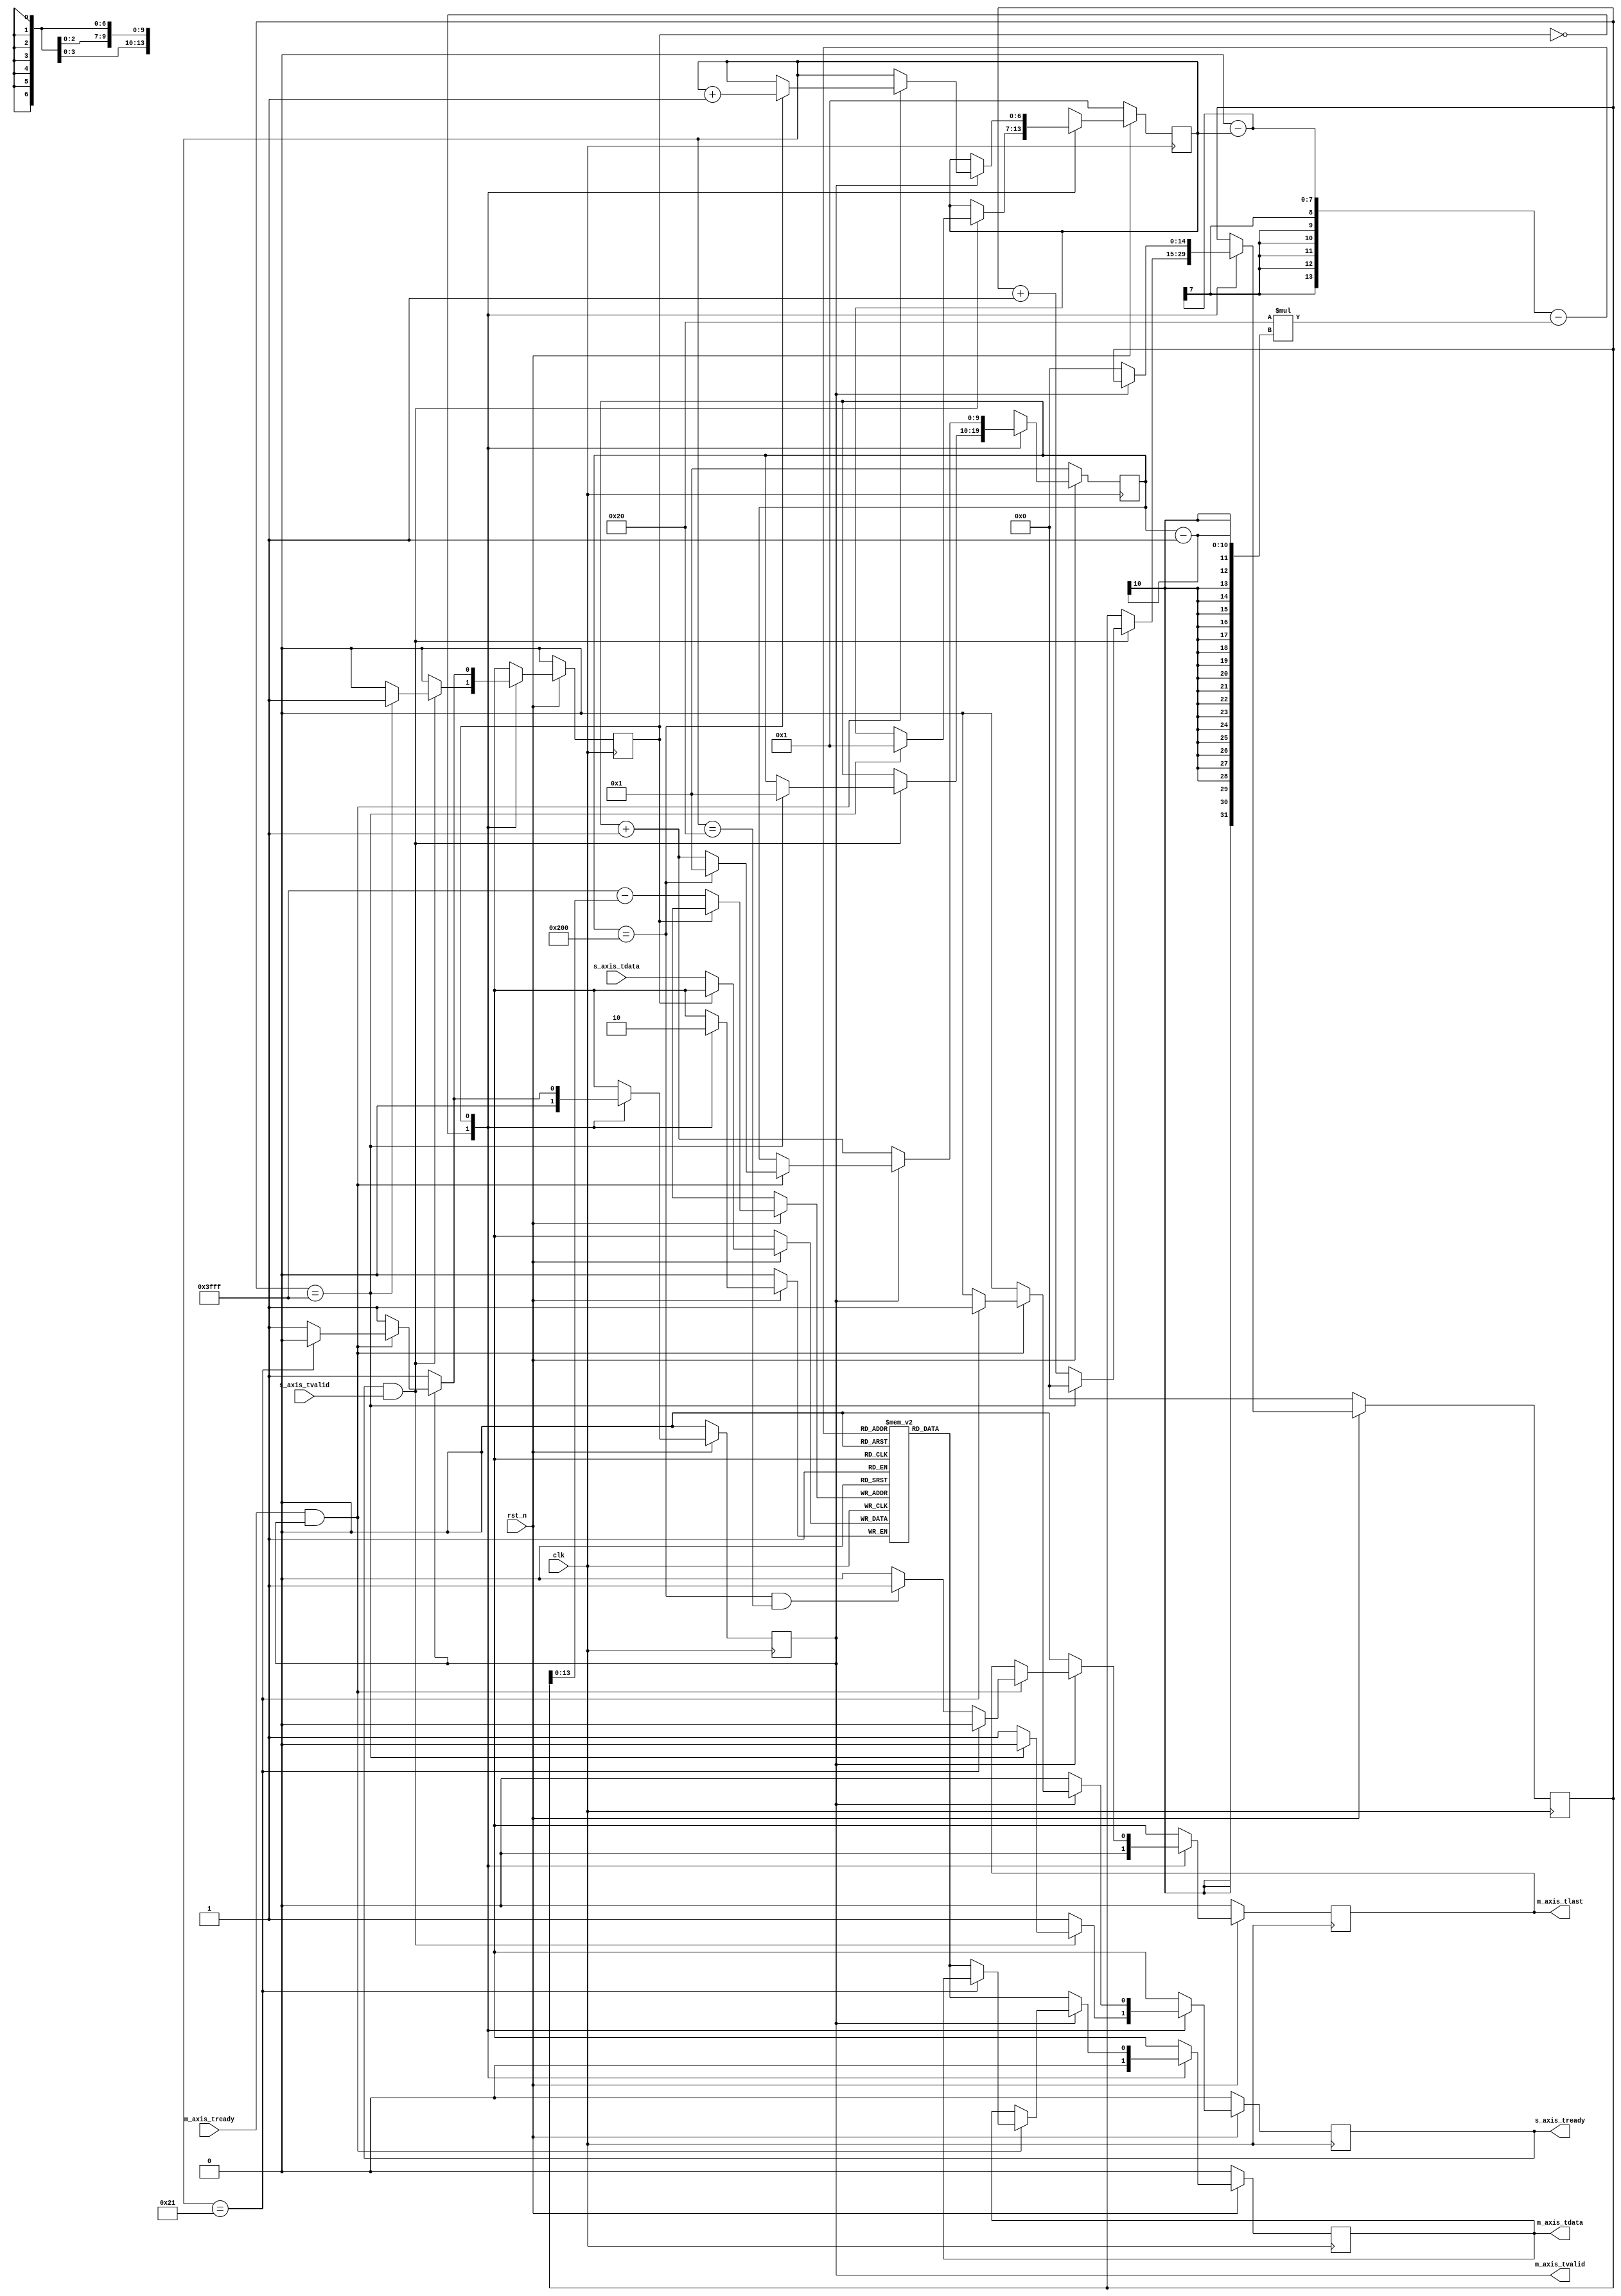
/*************************************************************/
//function: ()
//Data    : 2024.2.10
//Version : V 1.3
/*************************************************************/
`timescale 1 ns / 1 ps

module interleaver_sub (clk,rst_n,s_axis_tdata,s_axis_tvalid,s_axis_tready,m_axis_tdata,m_axis_tvalid,m_axis_tlast,m_axis_tready);
/************************************************************************************************/
parameter width=1;    /**/
parameter row=512;    /**/
parameter col=32;     /**/
/***********************************************************************************************************/
input clk;                            /**/
input rst_n;                          /*(RAM)*/

input [width-1:0] s_axis_tdata;       /**/
input s_axis_tvalid;                  /*,*/
output reg s_axis_tready;             /*,*/

output reg [width-1:0] m_axis_tdata;   /**/
output reg m_axis_tvalid;              /*,*/
output reg m_axis_tlast;               /*,*/
input m_axis_tready;                   /*,*/



/****************************************************************************************************/
localparam block_once_need=row*col;  /**/  

localparam STATE_data_in=1'b0;    /**/
localparam STATE_data_out=1'b1;   /**/

reg state;                                /**/
reg [$clog2(block_once_need):0] in_cnt;   /**/
reg [$clog2(row):0] out_row_cnt;          /**/
reg [$clog2(col+1):0] out_col_cnt;        /**/
reg [width-1:0] block [row*col-1:0];      /**/

wire [$clog2(row*col-1):0] in_index;      /**/
wire [$clog2(row*col-1):0] out_index;     /**/

assign in_index=row*col-1-in_cnt;
assign out_index=row*col-out_col_cnt-col*(out_row_cnt-1);

always@(posedge clk)
begin
  if(!rst_n)
    begin
      in_cnt<=0;
      out_row_cnt<=1;
      out_col_cnt<=1;
      s_axis_tready<=0;
      m_axis_tdata<=0;
      m_axis_tvalid<=0;
      m_axis_tlast<=0;
      state<=STATE_data_in;
    end
  else
    begin
      case(state)
        STATE_data_in : begin
                          block[in_index]<=s_axis_tdata;
                          m_axis_tdata<=0;
                          m_axis_tvalid<=0;
                          m_axis_tlast<=0;
                          if(s_axis_tready&&s_axis_tvalid)
                            begin
                              if(in_cnt==block_once_need-1)
                                begin
                                  in_cnt<=0;
                                  out_row_cnt<=1;
                                  out_col_cnt<=1;
                                  s_axis_tready<=0;
                                  state<=STATE_data_out;
                                end
                              else
                                begin
                                  in_cnt<=in_cnt+1;
                                  out_row_cnt<=out_row_cnt;
                                  out_col_cnt<=out_col_cnt;
                                  s_axis_tready<=1;
                                  state<=state;
                                end
                            end
                          else
                            begin
                              in_cnt<=in_cnt;
                              out_row_cnt<=out_row_cnt;
                              out_col_cnt<=out_col_cnt;
                              s_axis_tready<=1;
                              state<=state;
                            end
                        end
        STATE_data_out : begin
                           if(!m_axis_tvalid)
                             begin
                               in_cnt<=0;
                               out_row_cnt<=out_row_cnt+1;
                               out_col_cnt<=out_col_cnt;
                               s_axis_tready<=0;
                               m_axis_tdata<=block[out_index];
                               m_axis_tvalid<=1;
                               m_axis_tlast<=0;
                               state<=state;
                             end
                           else if(m_axis_tready&&m_axis_tvalid)
                             begin
                               if(out_row_cnt==row)
                                 begin
                                   out_row_cnt<=1;
                                   out_col_cnt<=out_col_cnt+1;
                                 end
                               else
                                 begin
                                   out_row_cnt<=out_row_cnt+1;
                                   out_col_cnt<=out_col_cnt;
                                 end

                               if(out_col_cnt==col+1)
                                 begin
                                   s_axis_tready<=1;
                                   m_axis_tdata<=m_axis_tdata;
                                   m_axis_tvalid<=0;
                                   m_axis_tlast<=0;
                                   state<=STATE_data_in;
                                 end
                               else if(out_row_cnt==row&&out_col_cnt==col)
                                 begin
                                   s_axis_tready<=0;
                                   m_axis_tdata<=block[out_index];
                                   m_axis_tvalid<=1;
                                   m_axis_tlast<=1;
                                   state<=state;
                                 end
                               else
                                 begin
                                   s_axis_tready<=0;
                                   m_axis_tdata<=block[out_index];
                                   m_axis_tvalid<=1;
                                   m_axis_tlast<=0;
                                   state<=state;
                                 end                           
                             end
                           else
                             begin
                               in_cnt<=in_cnt;
                               out_row_cnt<=out_row_cnt;
                               out_col_cnt<=out_col_cnt;
                               s_axis_tready<=0;
                               m_axis_tdata<=m_axis_tdata;
                               m_axis_tvalid<=m_axis_tvalid;
                               m_axis_tlast<=m_axis_tlast;
                               state<=state;
                             end
                         end
      endcase
    end
end
/***********************************************************************************************************/

endmodule